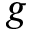
g